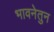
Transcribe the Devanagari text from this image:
भावनेतुन